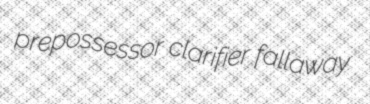
prepossessor clarifier fallaway